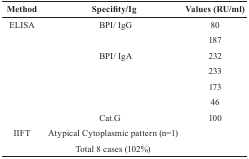
<table><thead><tr><td><b>Method</b></td><td><b>Specifity/Ig</b></td><td><b>Values (RU/ml)</b></td></tr></thead><tbody><tr><td>ELISA</td><td>BPI/IgG</td><td>80</td></tr><tr><td></td><td></td><td>187</td></tr><tr><td></td><td>BPI/IgA</td><td>232</td></tr><tr><td></td><td></td><td>233</td></tr><tr><td></td><td></td><td>173</td></tr><tr><td></td><td></td><td>46</td></tr><tr><td></td><td>Cat.G</td><td>100</td></tr><tr><td>IIFT</td><td>Atypical Cytoplasmic pattern (n=1)</td><td></td></tr><tr><td></td><td>Total 8 cases (102%)</td><td></td></tr></tbody></table>